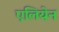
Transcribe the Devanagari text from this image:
एलियेन